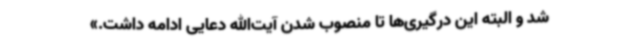
شد و البته این درگیری‌ها تا منصوب شدن آیت‌الله دعایی ادامه داشت.»